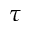
\tau